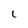
Character: l